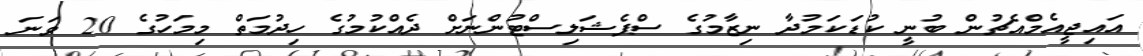
އައިޖީއެމްއެޗުން ބުނީ ކުޑަކަމުދާ ނިޒާމުގެ ސްޕެޝަލިސްޓުންނަށް ދެއްކުމުގެ ހިދުމަތް މިމަހުގެ 20 ވަނަ